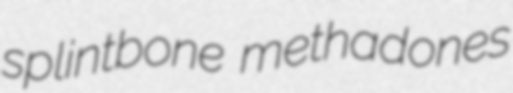
splintbone methadones